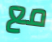
مع